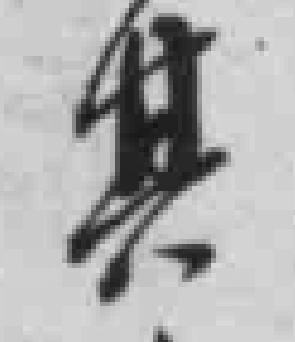
其